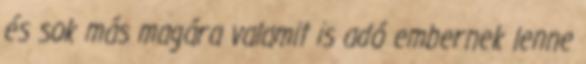
és sok más magára valamit is adó embernek lenne